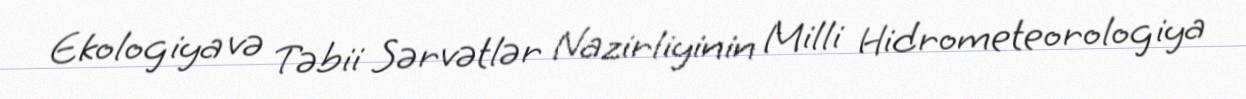
Ekologiya və Təbii Sərvətlər Nazirliyinin Milli Hidrometeorologiya